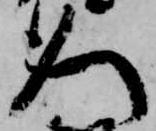
人